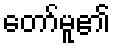
တော်မူ၏